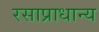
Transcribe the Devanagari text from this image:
रसाप्राधान्य